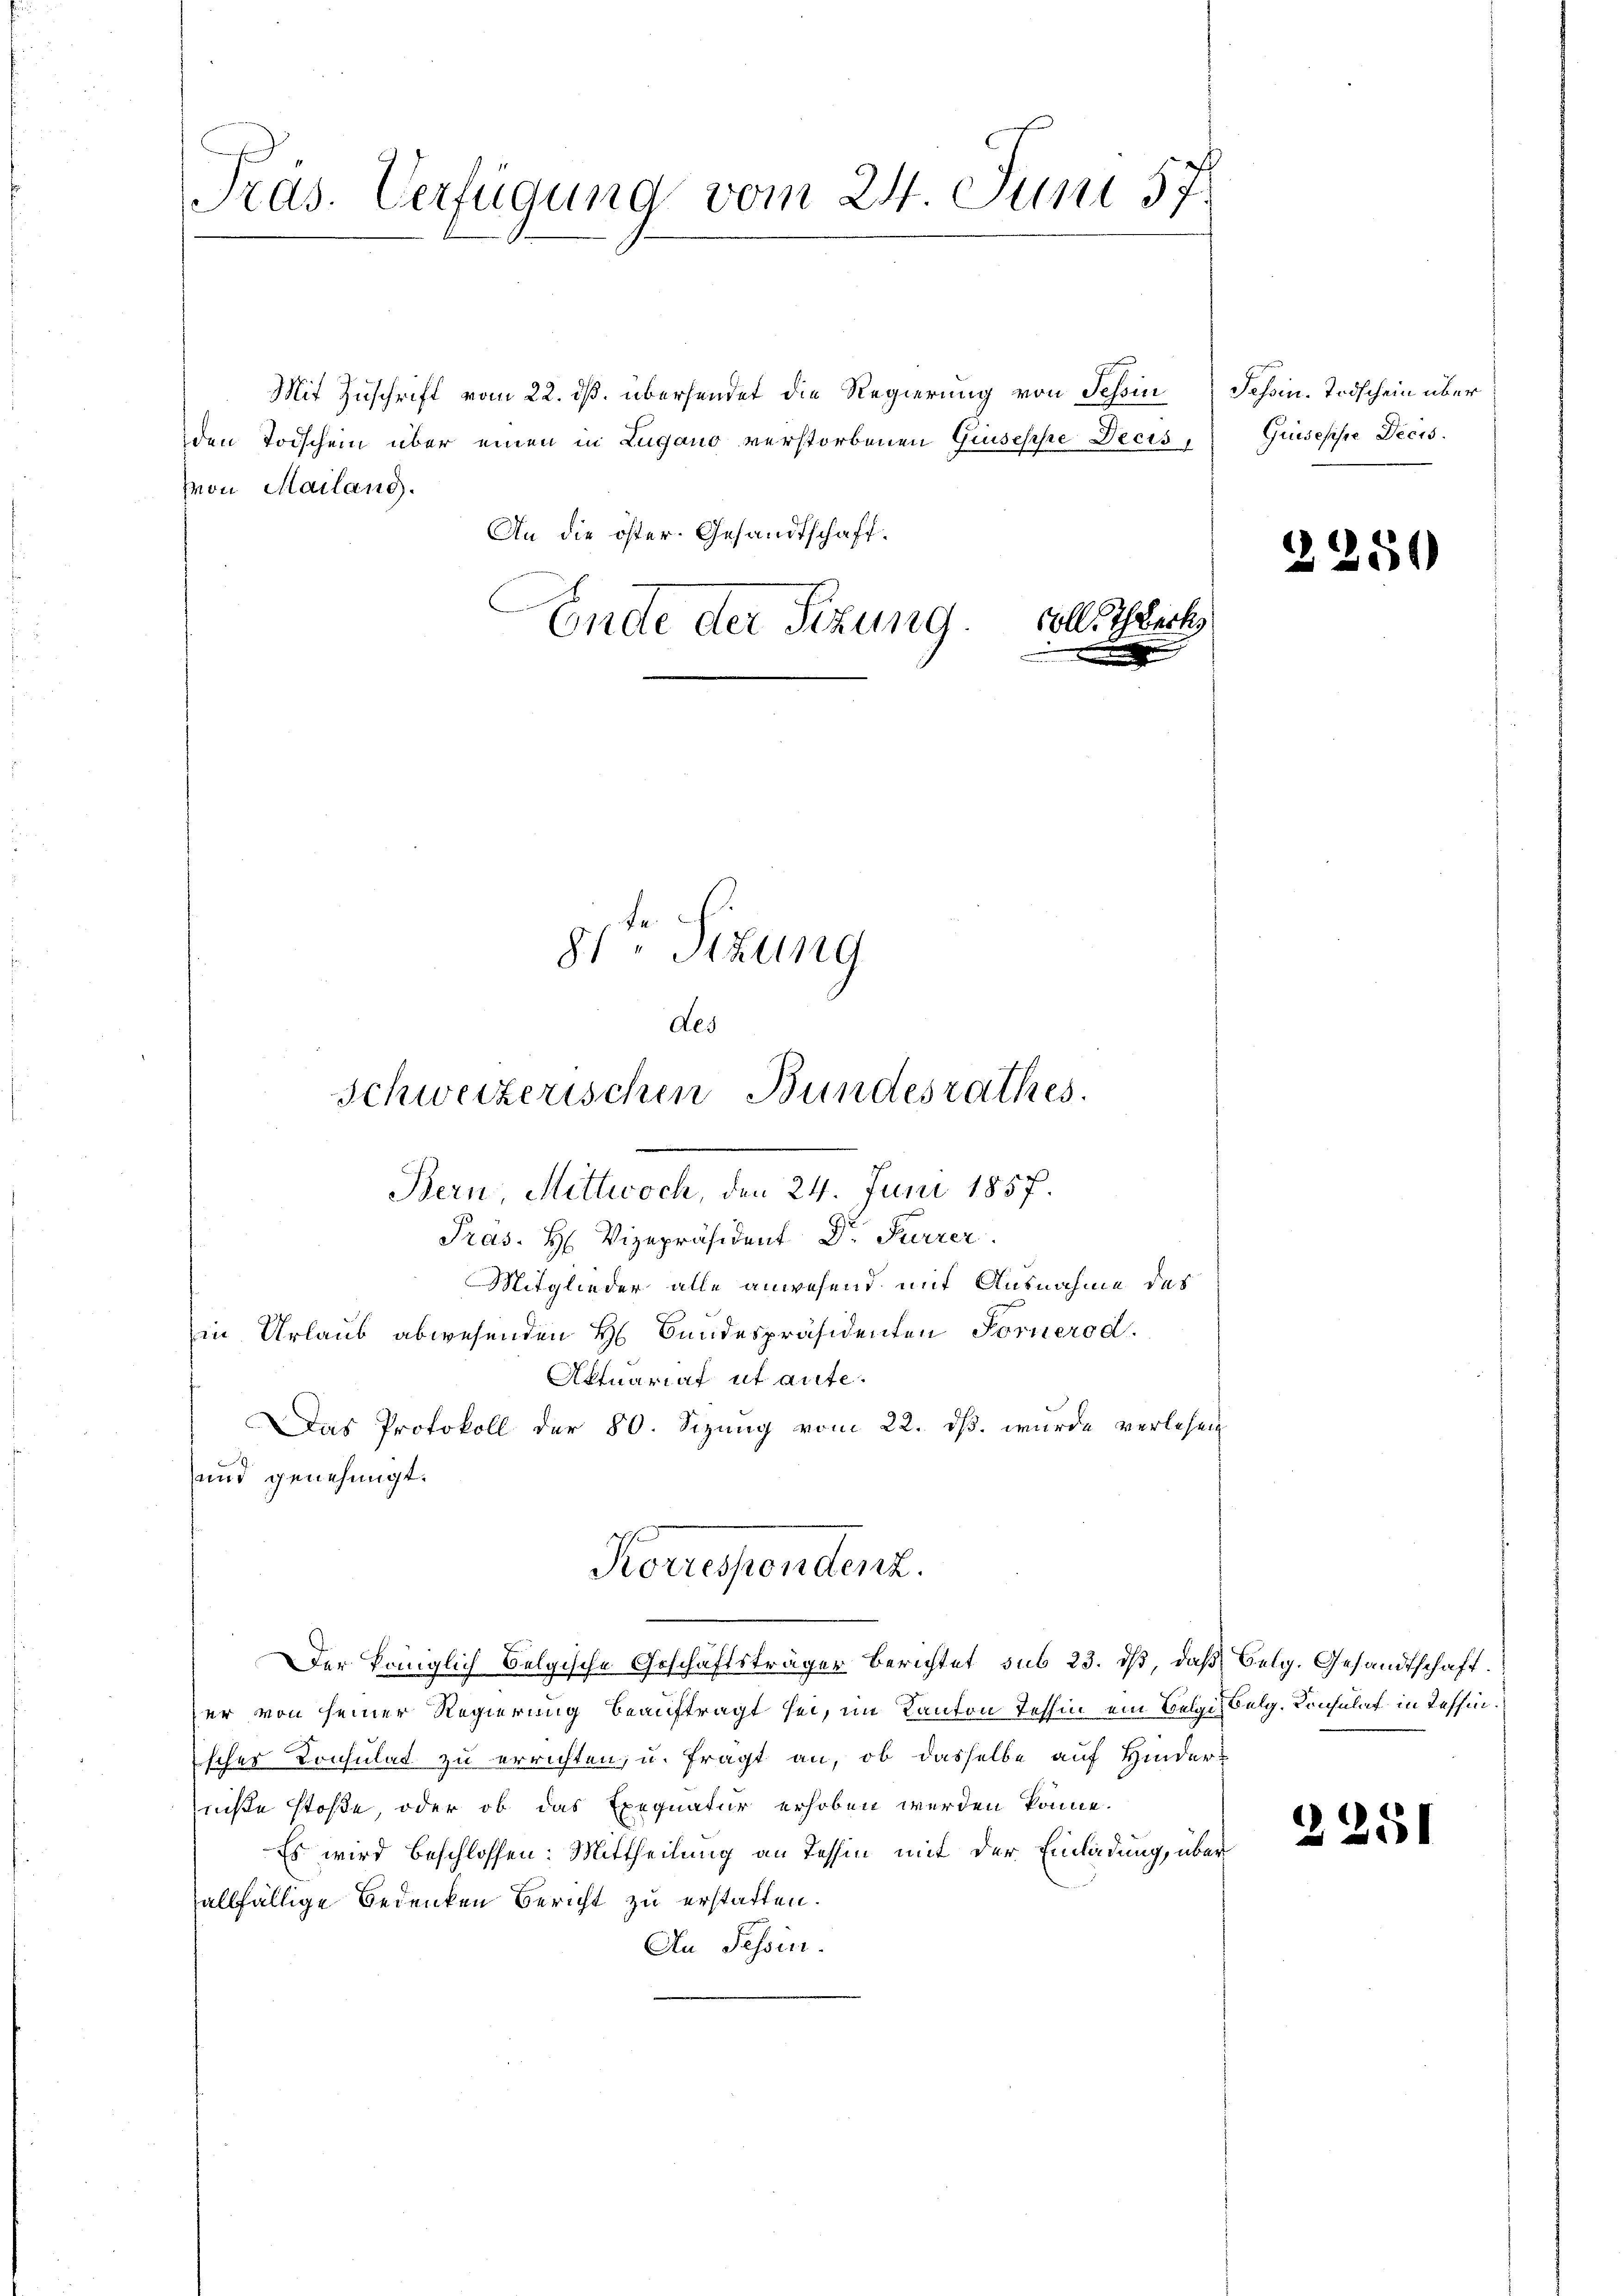
Pras. Verfügung vom 24. Juni 57.

Mit Zuschrift vom 22. dß. übersendet die Regierung von Tessin
den Todschein über einen in Lugano verstorbenen Giuseppe Decis
Von Mailand.
An die öster- Gesandtschaft.
Ende der Sitzung. Soll erk
.

81te Sitzung
Als
Schweizerischen Bundesrathes.

Der Königlich Belgische Geschäftsträger Berichtet sub 23. ds, daß Belg. Gesandtschaft.
er von seiner Regierung beauftragt sei, im Kanton Tessin ein Belgibelg. Konsulat in Tessin.
scher Konsulat zu errichten, u. fragt an, ob dasselbe auf Hinderniße stoße, oder ob das Exequatur erhoben werden könne.
Es wird beschlossen: Mittheilung an Tessin mit der Einladung, über
allfällige Bedenken Bericht zu erstatten.
An Fessen.

.

Tessin. Todschein über
Guisesse Decis.

.
Bern, Mittwoch, den 24. Juni 1857.
Pras. H. Vizepräsident Dr. Furrer
Mitglieder alle anwesend mit Ausnahme des
in Urlaub abwesenden H. Bundespräsidenten Fornerod.
Aktuariaf ut aufe.
Das Protokoll der 80. Sizung vom 22. ds. wurde verlesen
und genehmigt.
Korrespendenz.

1

50

2251